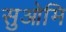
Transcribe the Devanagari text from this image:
सुओमि